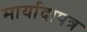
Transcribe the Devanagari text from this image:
मार्यादापत्र